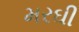
મરઘી